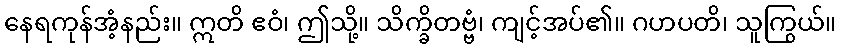
နေရကုန်အံ့နည်း။ ဣတိ ဧဝံ၊ ဤသို့။ သိက္ခိတဗ္ဗံ၊ ကျင့်အပ်၏။ ဂဟပတိ၊ သူကြွယ်။